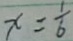
x = \frac { 1 } { 6 }